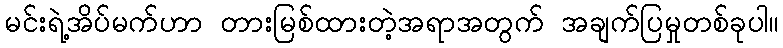
မင်းရဲ့အိပ်မက်ဟာ တားမြစ်ထားတဲ့အရာအတွက် အချက်ပြမှုတစ်ခုပါ။